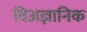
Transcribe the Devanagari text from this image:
विअज्ञानिक